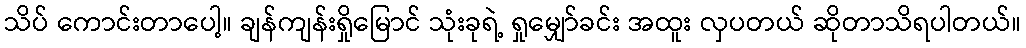
သိပ် ကောင်းတာပေါ့။ ချန်ကျန်းရှိုမြောင် သုံးခုရဲ့ ရှုမျှော်ခင်း အထူး လှပတယ် ဆိုတာသိရပါတယ်။